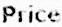
PRICE